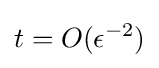
t=O(\epsilon ^{-2})